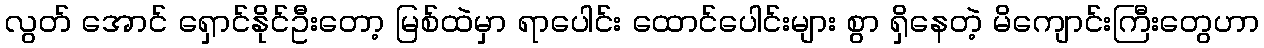
လွတ် အောင် ရှောင်နိုင်ဦးတော့ မြစ်ထဲမှာ ရာပေါင်း ထောင်ပေါင်းများ စွာ ရှိနေတဲ့ မိကျောင်းကြီးတွေဟာ